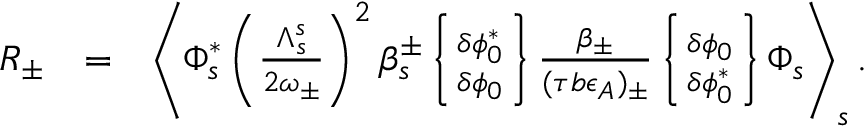
\begin{array} { r l r } { R _ { \pm } } & { = } & { \left\langle \Phi _ { s } ^ { * } \left( \frac { \Lambda _ { s } ^ { s } } { 2 \omega _ { \pm } } \right) ^ { 2 } \beta _ { s } ^ { \pm } \left\{ \delta \phi _ { 0 } ^ { * } \atop \delta \phi _ { 0 } \right\} \frac { \beta _ { \pm } } { ( \tau b \epsilon _ { A } ) _ { \pm } } \left\{ \delta \phi _ { 0 } \atop \delta \phi _ { 0 } ^ { * } \right\} \Phi _ { s } \right\rangle _ { s } . } \\ & { } & \end{array}